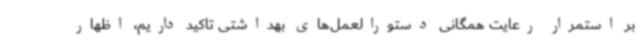
بر استمرار رعایت همگانی دستورالعمل‌های بهداشتی تاکید داریم، اظهار